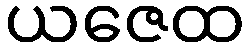
ယဇေထ